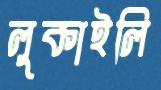
লুকাইলি